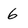
Character: 6